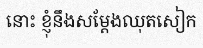
នោះ ខ្ញុំនឹងសម្តែងឈុតសៀក